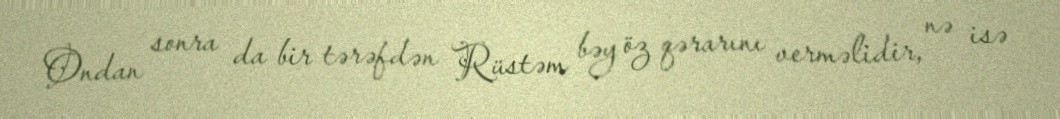
Ondan sonra da bir tərəfdən Rüstəm bəy öz qərarını verməlidir, nə isə